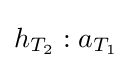
h_{T_{2}}:a_{T_{1}}